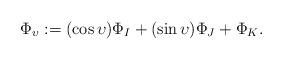
LaTeX: \begin{align*}\Phi_{\upsilon} := (\cos \upsilon) \Phi_I + (\sin \upsilon) \Phi_J + \Phi_K .\end{align*}